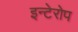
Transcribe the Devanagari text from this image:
इन्टेरोप